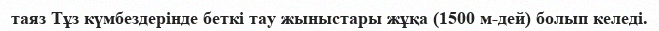
таяз Тұз күмбездерінде беткі тау жыныстары жұқа (1500 м-дей) болып келеді.